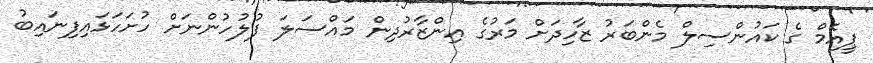
ޕީއެމް ގެ ކައުންސިލް މެންބަރު ޒާހިދަށް މަރުގެ އިންޒާރުދިން މައްސަލަ ފުލުހުންނަށް ހުށަހަޅައިފިނައިބު